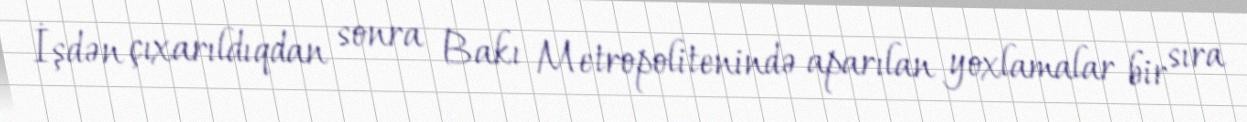
İşdən çıxarıldıqdan sonra Bakı Metropolitenində aparılan yoxlamalar bir sıra